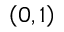
\left( 0 , 1 \right)